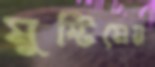
মুষ্টিমেয়